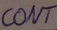
Text: CONT